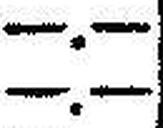
—.—